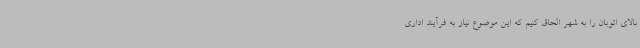
بالای اتوبان را به شهر الحاق کنیم که این موضوع نیاز به فرآیند اداری